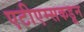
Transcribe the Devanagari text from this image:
एटीएम्सकडून